Malarial fevers
Disease focus: Malaria
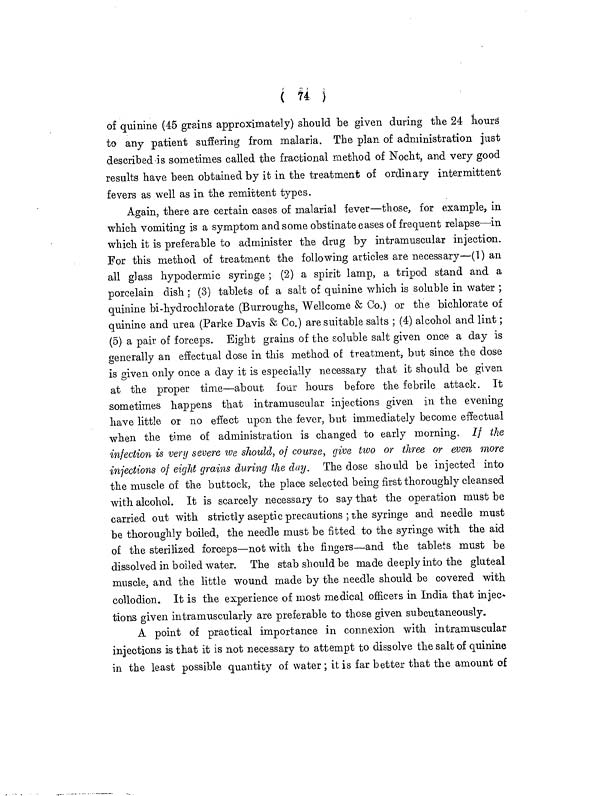
( 74 )
of quinine (45 grains approximately) should be given during the 24 hours
to any patient suffering from malaria. The plan of administration just
described is sometimes called the fractional method of Nocht, and very good
results have been obtained by it in the treatment of ordinary intermittent
fevers as well as in the remittent types.
Again, there are certain cases of malarial fever—those, for example, in
which vomiting is a symptom and some obstinate cases of frequent relapse—in
which it is preferable to administer the drug by intramuscular injection.
For this method of treatment the following articles are necessary—(1) an
all glass hypodermic syringe ; (2) a spirit lamp, a tripod stand and a
porcelain dish ; (3) tablets of a salt of quinine which is soluble in water ;
quinine bi-hydrochlorate (Burroughs, Wellcome & Co.) or the bichlorate of
quinine and urea (Parke Davis & Co.) are suitable salts ; (4) alcohol and lint ;
(5) a pair of forceps. Eight grains of the soluble salt given once a day is
generally an effectual dose in this method of treatment, but since the dose
is given only once a day it is especially necessary that it should be given
at the proper time—about four hours before the febrile attack. It
sometimes happens that intramuscular injections given in the evening
have little or no effect upon the fever, but immediately become effectual
when the time of administration is changed to early morning. It the
infection is very severe we should, of course, give two or three or even more
injections of eight grains during the day. The dose should be injected into
the muscle of the buttock, the place selected being first thoroughly cleansed
with alcohol. It is scarcely necessary to say that the operation must be
carried out with strictly aseptic precautions ; the syringe and needle must
be thoroughly boiled, the needle must be fitted to the syringe with the aid
of the sterilized forceps—not with the fingers—and the tablets must be
dissolved in boiled water. The stab should be made deeply into the gluteal
muscle, and the little wound made by the needle should be covered with
collodion. It is the experience of most medical officers in India that injec-
tions given intramuscularly are preferable to those given subcutaneously.
A point of practical importance in connexion with intramuscular
injections is that it is not necessary to attempt to dissolve the salt of quinine
in the least possible quantity of water ; it is far better that the amount of